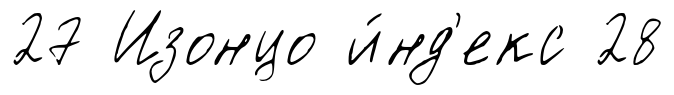
27 Изонцо и́нд'екс 28